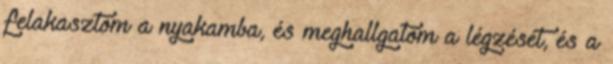
felakasztom a nyakamba, és meghallgatom a légzését, és a